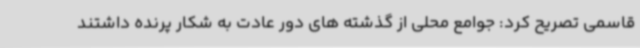
قاسمی تصریح کرد: جوامع محلی از گذشته های دور عادت به شکار پرنده داشتند